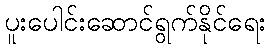
ပူးပေါင်းဆောင်ရွက်နိုင်ရေး